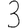
Digit: 3